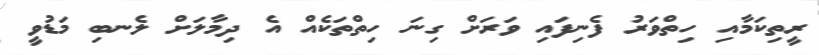
ރީތިކަމާއި ހިތްވަރު ފެނިފައި ވަރަށް ގިނަ ހިތްތަކެއް އެ ދިމާލަށް ލެނބި މަޑުވީ